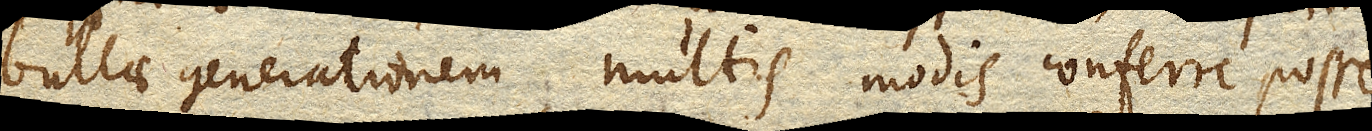
bullae generationem multis modis conferre posse